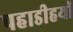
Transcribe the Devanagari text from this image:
पहाडीहयों